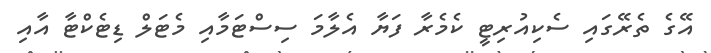
އޭގެ ތެރޭގައި ސެކިއުރިޓީ ކެމެރާ ފަޔާ އެލާމަ ސިސްޓަމާއި މެޓަލް ޑިޓެކްޓާ އާއި